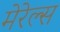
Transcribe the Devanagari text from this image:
मेरेल्स